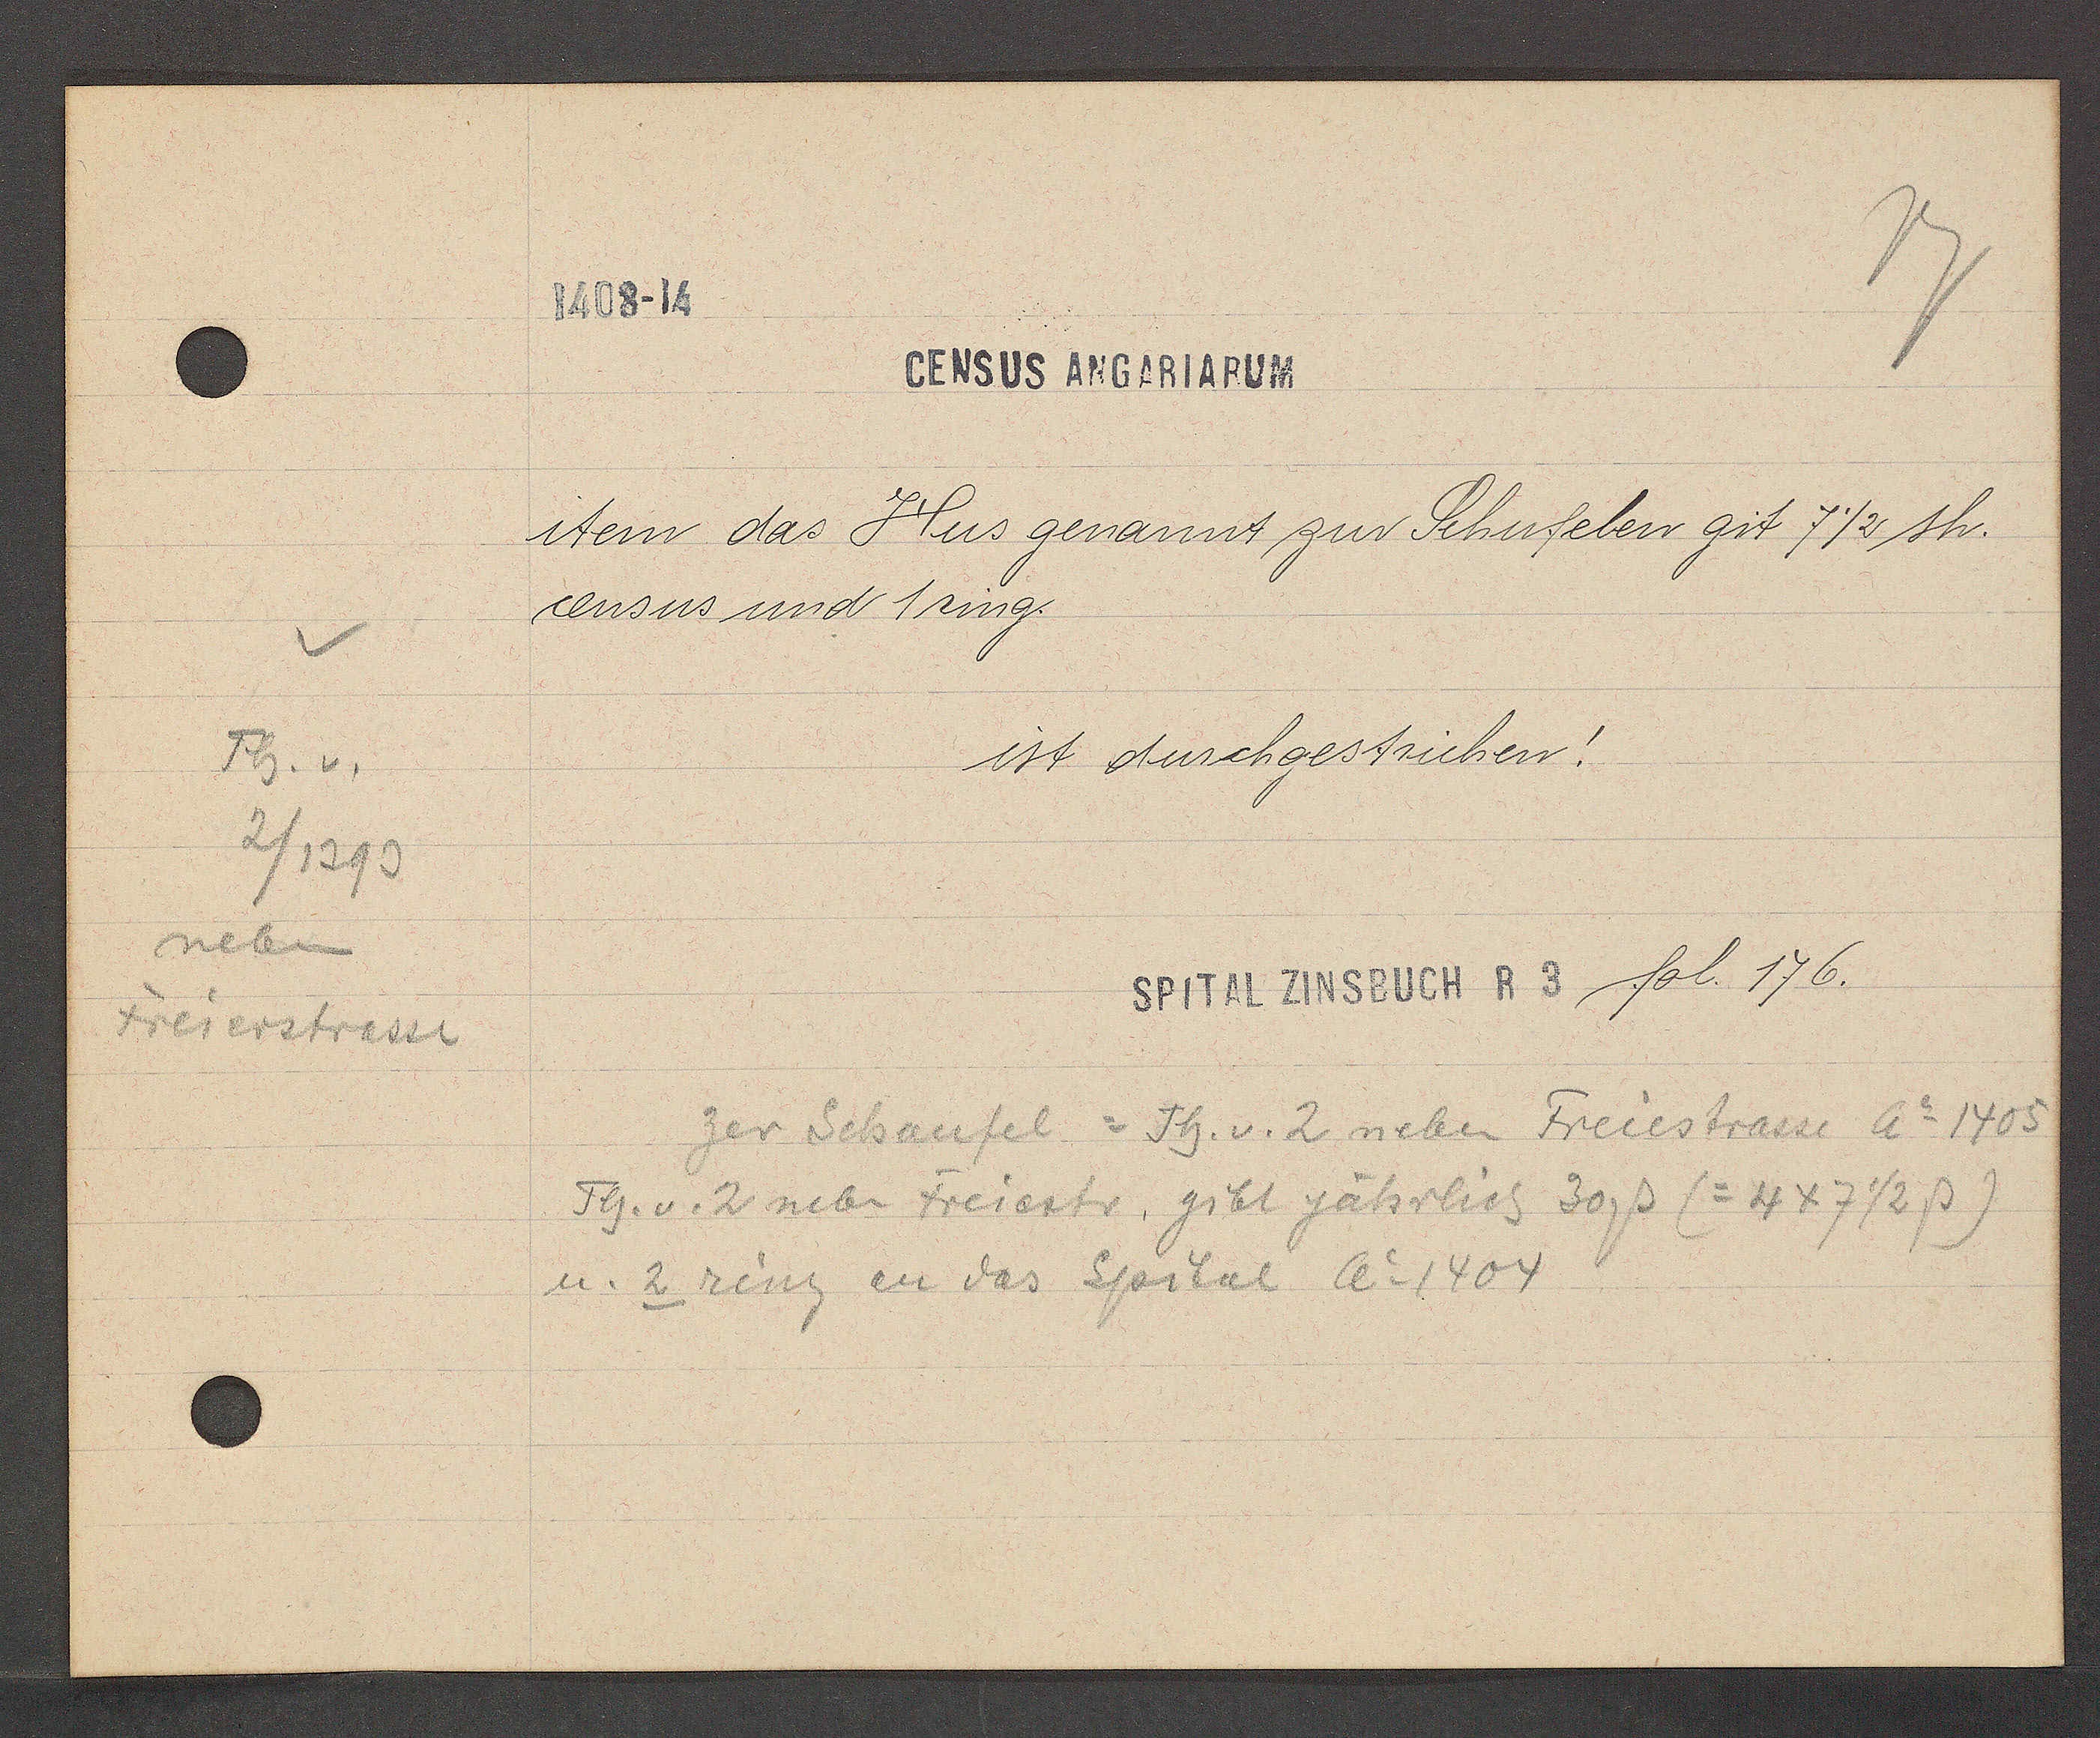
Transcript:
Th. v.
2/1393
neben
Freierstrasse

1408-14

CENSUS ANGARIARUM
item das Hus genannt zur Schufeben git 7 1½ sh.
census und 1ring.
ist durchgestrichen!

zer Schaufel = Th. v. 2 neben Freiestrasse Ao 1405
Th. v. 2 neben Freiestr, gibt jährlich 30ß (= 447 ½ ß)
u. 2 ring an das Spital Ao 1404

SPITAL ZINSBUCH R 3 fol. 176.